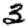
Digit: 3